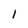
Character: l